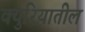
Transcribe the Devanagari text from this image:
क्युरियातील